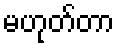
မဟုတ်တာ